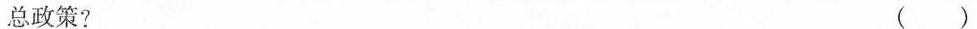
总政策? ( )